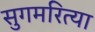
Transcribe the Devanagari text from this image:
सुगमरित्या